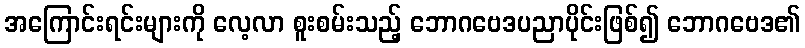
အကြောင်းရင်းများကို လေ့လာ စူးစမ်းသည့် ဘောဂဗေဒပညာပိုင်းဖြစ်၍ ဘောဂဗေဒ၏